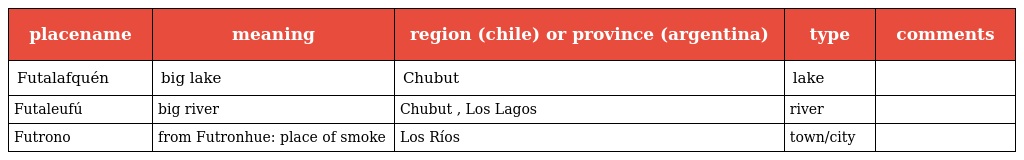
| placename | meaning | region (chile) or province (argentina) | type | comments |
 | --- | --- | --- | --- | --- |
 | Futalafquén | big lake | Chubut | lake |  |
 | Futaleufú | big river | Chubut , Los Lagos | river |  |
 | Futrono | from Futronhue: place of smoke | Los Ríos | town/city |  |